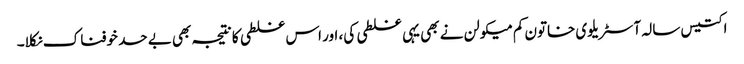
اکتیس سالہ آسٹریلوی خاتون کم میکولن نے بھی یہی غلطی کی، اور اس غلطی کا نتیجہ بھی بے حد خوفناک نکلا۔